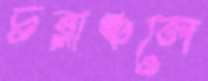
চরাঞ্চলে